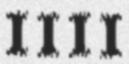
1111